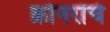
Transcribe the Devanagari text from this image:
क्रोनरांचे